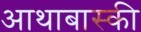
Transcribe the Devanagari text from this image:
आथाबास्की